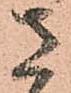
さ